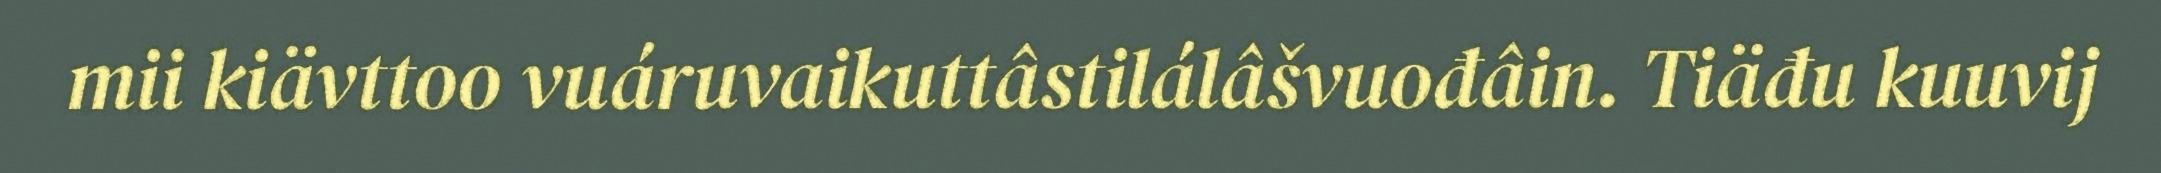
mii kiävttoo vuáruvaikuttâstilálâšvuođâin. Tiäđu kuuvij